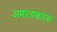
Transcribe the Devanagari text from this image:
अमात्यकारक